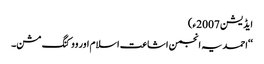
ایڈیشن 2007ء)
‘‘احمدیہ انجمن اشاعت اسلام اور ووکنگ مشن۔